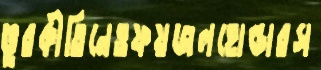
ভুরকীতিনেওফয়জলহোল্ডারস